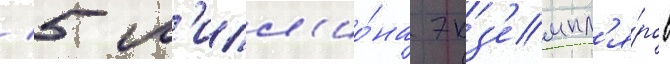
/ 5 м'илл'ио́на экз'емпл'я́ров